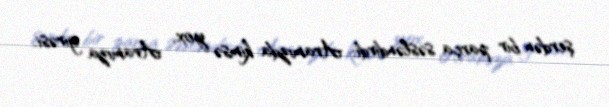
şerdən bir parça səsləndirdi: Aramızda kimsə yox, Aramıza girəsi.